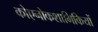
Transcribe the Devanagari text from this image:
कोएनोकशाभिकियों